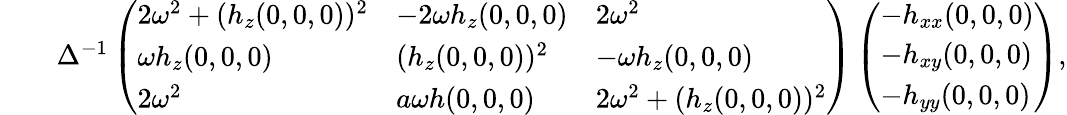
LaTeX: \begin{array}{rlr}&{}&{\Delta^{-1}\left(\begin{array}{lll}{2\omega^{2}+(h_{z}(0,0,0))^{2}}&{-2\omega h_{z}(0,0,0)}&{2\omega^{2}}\\ {\omega h_{z}(0,0,0)}&{(h_{z}(0,0,0))^{2}}&{-\omega h_{z}(0,0,0)}\\ {2\omega^{2}}&{a\omega h(0,0,0)}&{2\omega^{2}+(h_{z}(0,0,0))^{2}}\end{array}\right)\left(\begin{array}{l}{-h_{xx}(0,0,0)}\\ {-h_{xy}(0,0,0)}\\ {-h_{yy}(0,0,0)}\end{array}\right),}\end{array}